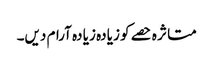
متا ثر ہ حصے کو زیا دہ زیا دہ آرام دیں۔